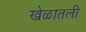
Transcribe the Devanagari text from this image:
खेळातली